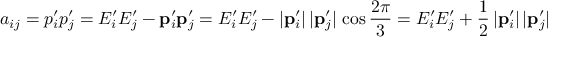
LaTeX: a _ { i j } = p _ { i } ^ { \prime } p _ { j } ^ { \prime } = E _ { i } ^ { \prime } E _ { j } ^ { \prime } - \mathbf { p } _ { i } ^ { \prime } \mathbf { p } _ { j } ^ { \prime } = E _ { i } ^ { \prime } E _ { j } ^ { \prime } - | \mathbf { p } _ { i } ^ { \prime } | \, | \mathbf { p } _ { j } ^ { \prime } | \, \cos \frac { 2 \pi } { 3 } = E _ { i } ^ { \prime } E _ { j } ^ { \prime } + \frac { 1 } { 2 } \, | \mathbf { p } _ { i } ^ { \prime } | \, | \mathbf { p } _ { j } ^ { \prime } |